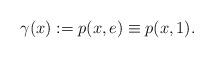
LaTeX: \begin{align*}\gamma(x):= p(x,e) \equiv p(x,1).\end{align*}